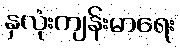
နှလုံးကျန်းမာရေး